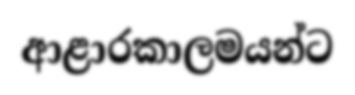
ආළාරකාලමයන්ට